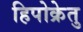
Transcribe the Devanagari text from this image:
हिपोक्रेतु